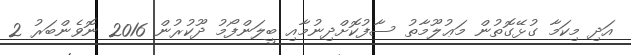
އަދި މިކަމާ ގުޅޭގޮތުން މަޢުލޫމާތު ސާފުކޮށްދިނުމާއި ބީލަންފޯމު ދޫކުރުން 2016 ނޮވެންބަރު 2